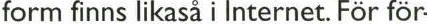
form finns likaså i Internet. För för